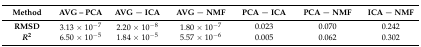
| Method | AVG – PCA | AVG − ICA | AVG − NMF | PCA − ICA | PCA − NMF | ICA − NMF |
 | --- | --- | --- | --- | --- | --- | --- |
 | RMSD | 3.13 × 10−7 | 2.20 × 10−8 | 1.80 × 10−7 | 0.023 | 0.070 | 0.242 |
 | R2 | 6.50 × 10−5 | 1.84 × 10−5 | 5.57 × 10−6 | 0.005 | 0.062 | 0.302 |